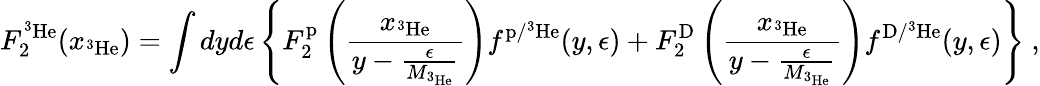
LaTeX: F_{2}^{\mathrm{^3He}}(x_{\mathrm{^3He}})=\int dyd\epsilon\left\{ F_{2}^{\mathrm{p}}\left(\frac{x_{\mathrm{^3He}}}{y-\frac{\epsilon}{M_{\mathrm{^3He}}}}\right)f^{\mathrm{p/{^3He}}}(y,\epsilon)+F_{2}^{\mathrm{D}}\left(\frac{x_{\mathrm{^3He}}}{y-\frac{\epsilon}{M_{\mathrm{^3He}}}}\right)f^{\mathrm{D/{^3He}}}(y,\epsilon)\right\} ~,